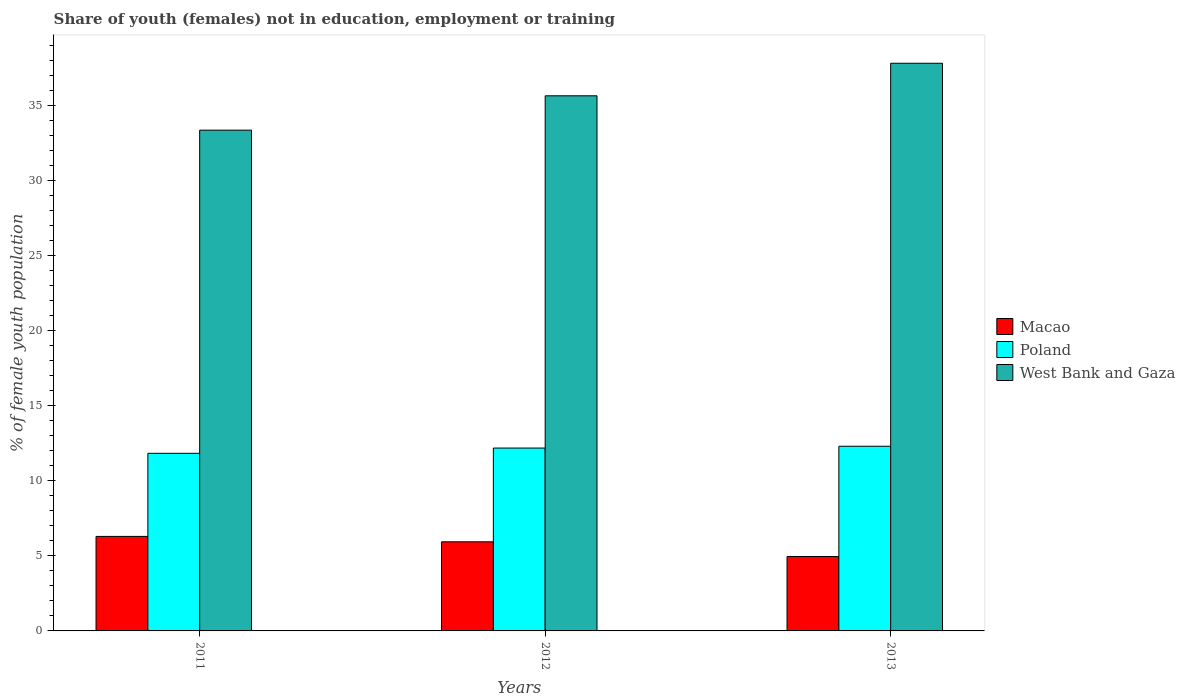
| Years | Macao | Poland | West Bank and Gaza |
 | --- | --- | --- | --- |
 | 2011 | 6.3 | 11.8 | 33.4 |
 | 2012 | 5.94 | 12.2 | 35.7 |
 | 2013 | 4.96 | 12.3 | 37.8 |